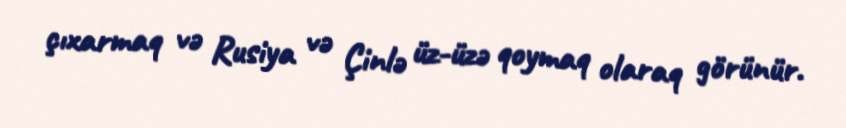
çıxarmaq və Rusiya və Çinlə üz-üzə qoymaq olaraq görünür.